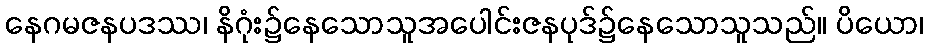
နေဂမဇနပဒဿ၊ နိဂုံး၌နေသောသူအပေါင်းဇနပုဒ်၌နေသောသူသည်။ ပိယော၊